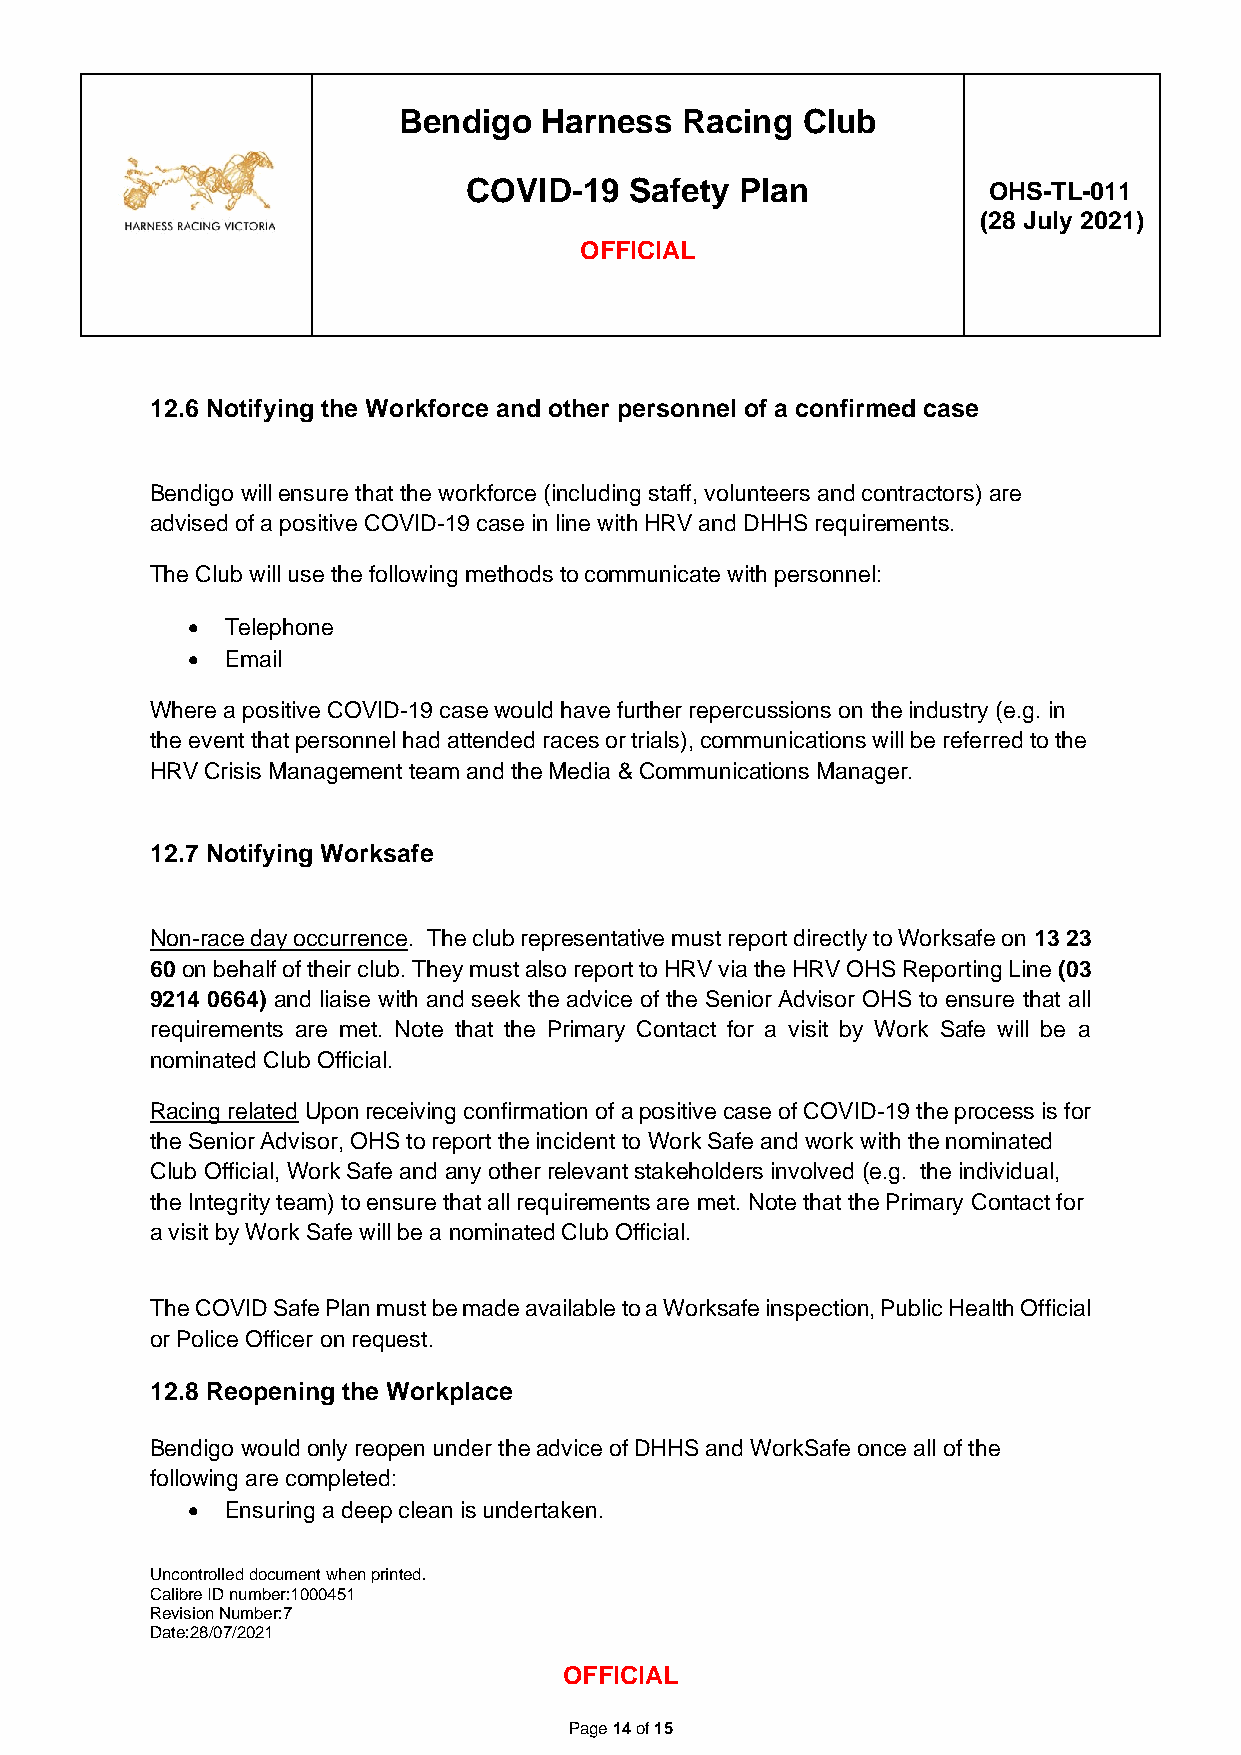
Bendigo   Harness  Racing  Club
 COVID-19   Safety Plan            OHS-TL-011
 (28 July 2021)
 OFFICIAL
 12.6 Notifying the Workforce and other personnel of a confirmed case
 Bendigo will ensure that the workforce (including staff, volunteers and contractors) are
 advised of a positive COVID-19 case in line with HRV and DHHS requirements.
 The Club will use the following methods to communicate with personnel:
 •  Telephone
 •  Email
 Where a positive COVID-19 case would have further repercussions on the industry (e.g. in
 the event that personnel had attended races or trials), communications will be referred to the
 HRV Crisis Management team and the Media & Communications Manager.
 12.7 Notifying Worksafe
 Non-race day occurrence. The club representative must report directly to Worksafe on 13 23
 60 on behalf of their club. They must also report to HRV via the HRV OHS Reporting Line (03
 9214 0664) and liaise with and seek the advice of the Senior Advisor OHS to ensure that all
 requirements are met. Note that the Primary Contact for a visit by Work Safe will be a
 nominated Club Official.
 Racing related Upon receiving confirmation of a positive case of COVID-19 the process is for
 the Senior Advisor, OHS to report the incident to Work Safe and work with the nominated
 Club Official, Work Safe and any other relevant stakeholders involved (e.g. the individual,
 the Integrity team) to ensure that all requirements are met. Note that the Primary Contact for
 a visit by Work Safe will be a nominated Club Official.
 The COVID Safe Plan must be made available to a Worksafe inspection, Public Health Official
 or Police Officer on request.
 12.8 Reopening the Workplace
 Bendigo would only reopen under the advice of DHHS and WorkSafe once all of the
 following are completed:
 •  Ensuring a deep clean is undertaken.
 Uncontrolled document when printed.
 Calibre ID number:1000451
 Revision Number:7
 Date:28/07/2021
 OFFICIAL
 Page 14 of 15